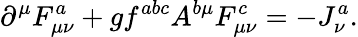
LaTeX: \partial^{\mu}F_{\mu\nu}^{a}+gf^{abc}A^{b\mu}F_{\mu\nu}^{c}=-J_{\nu}^{a}.